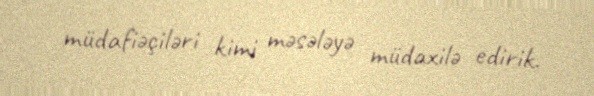
müdafiəçiləri kimi məsələyə müdaxilə edirik.